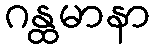
ဂန္ထမာနာ